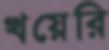
খয়েরি